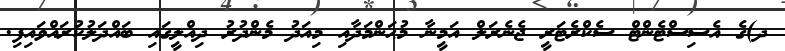
ދ)ގެ އެސިސްޓެންޓް ސެކްރެޓަރީ ޖެނެރަލް އަމީނާ މުޙަންމަދާއި މިއަދު މެންދުރު ދިއްލީގައިި ބައްދަލުކުރައްވައިފި.